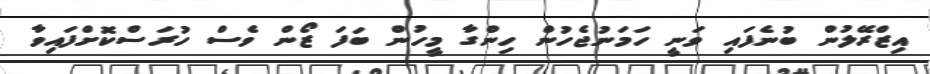
އިޒްރޭލުން ބުނެފައި ވަނީ ހަމަނުޖެހުން ހިންގާ މީހުން ބަފަ ޒޯން ވެސް ހުރަސްކޮށްފައިވާ